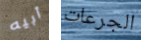
أبيه الجرعات